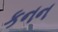
કનન